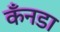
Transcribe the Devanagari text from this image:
कँनडा